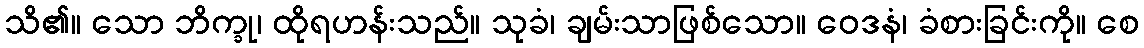
သိ၏။ သော ဘိက္ခု၊ ထိုရဟန်းသည်။ သုခံ၊ ချမ်းသာဖြစ်သော။ ဝေဒနံ၊ ခံစားခြင်းကို။ စေ